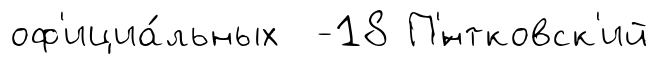
оф'ициа́льных -18 П'́нтковск'ий